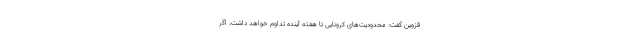
قزوین گفت: محدودیت‌های کرونایی تا هفته آینده تداوم خواهد داشت، اگر